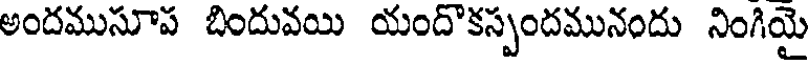
అందముసూప బిందువయి యందొకస్పందమునందు నింగియై